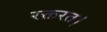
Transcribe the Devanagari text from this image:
रक्तरत।